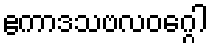
ဧကာဒသဗလဝဂ္ဂေါ